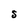
Character: S